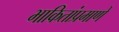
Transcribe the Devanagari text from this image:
भाकितांप्रमाणे